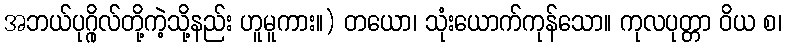
အဘယ်ပုဂ္ဂိုလ်တို့ကဲ့သို့နည်း ဟူမူကား။) တယော၊ သုံးယောက်ကုန်သော။ ကုလပုတ္တာ ဝိယ စ၊